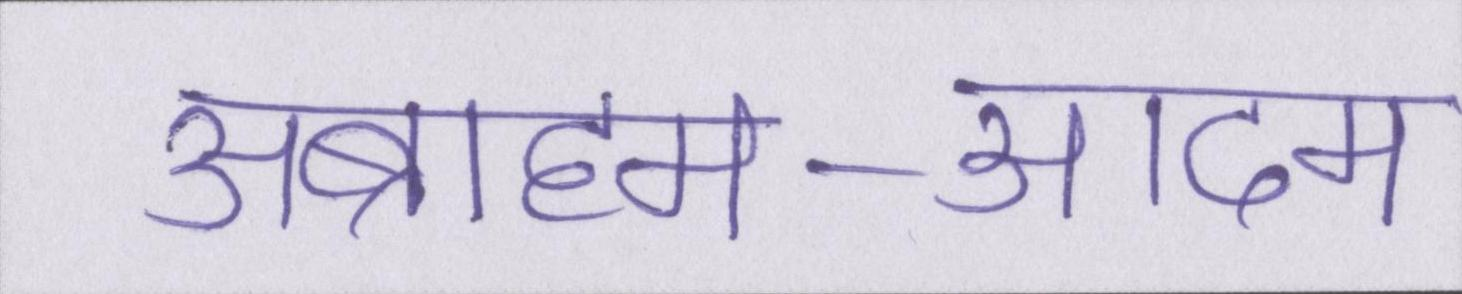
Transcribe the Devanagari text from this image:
अब्राहम-आदम